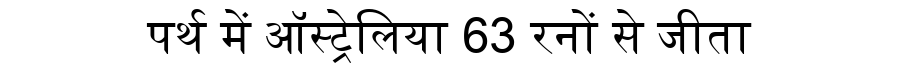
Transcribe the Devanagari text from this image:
पर्थ में ऑस्ट्रेलिया 63 रनों से जीता